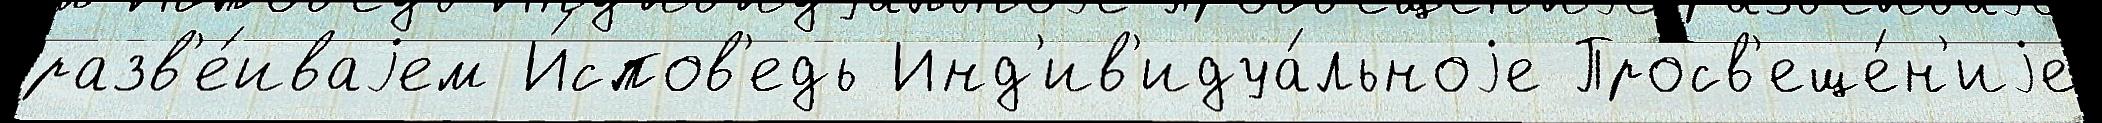
разв'е́иваjем И́спов'едь Инд'ив'идуа́льноjе Просв'еще́н'иjе